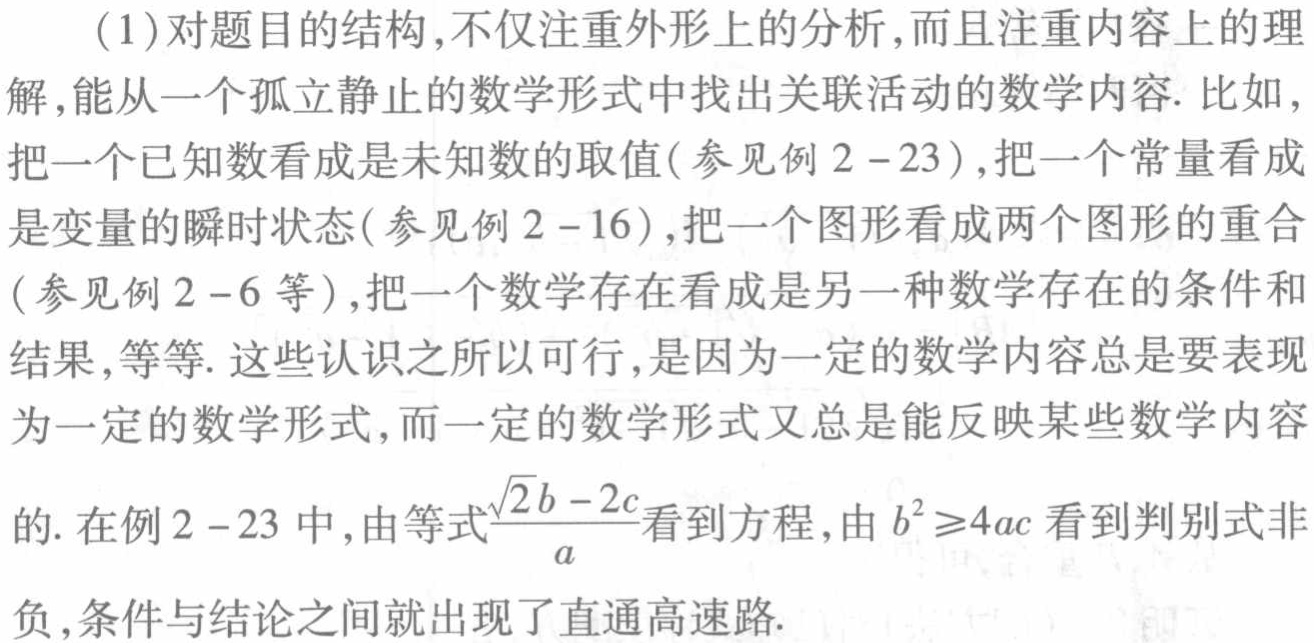
（1）对题目的结构,不仅注重外形上的分析,而且注重内容上的理解,能从一个孤立静止的数学形式中找出关联活动的数学内容. 比如,把一个已知数看成是未知数的取值(参见例 \(2 - 23\) ),把一个常量看成是变量的瞬时状态(参见例 \(2 - 16\) ),把一个图形看成两个图形的重合(参见例 \(2 - 6\) 等),把一个数学存在看成是另一种数学存在的条件和结果,等等. 这些认识之所以可行,是因为一定的数学内容总是要表现为一定的数学形式,而一定的数学形式又总是能反映某些数学内容的. 在例 \(2 - 23\) 中,由等式\(\frac{\sqrt{2}b - 2c}{a}\)看到方程,由 \(b^{2}\geq4ac\) 看到判别式非负,条件与结论之间就出现了直通高速路.